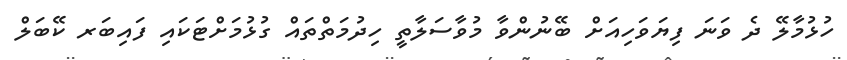
ހުޅުމާލޭ ދެ ވަނަ ފިޔަވަހިއަށް ބޭނުންވާ މުވާސަލާތީ ހިދުމަތްތައް ގުޅުމަށްޓަކައި ފައިބަރ ކޭބަލް